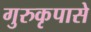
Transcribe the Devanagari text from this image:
गुरुकृपासे